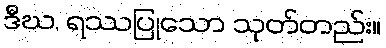
ဒီဃ, ရဿပြုသော သုတ်တည်း။